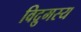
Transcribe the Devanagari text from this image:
विद्रुमस्य